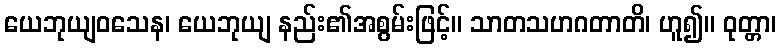
ယေဘုယျဝသေန၊ ယေဘုယျ နည်း၏အစွမ်းဖြင့်။ သာတသဟဂတာတိ၊ ဟူ၍။ ဝုတ္တာ၊